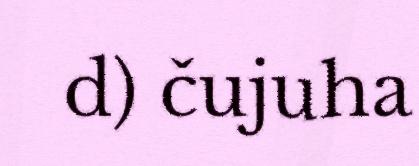
d) čujuha